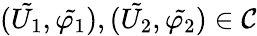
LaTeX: (\tilde{U_{1}},\tilde{\varphi_{1}}),(\tilde{U_{2}},\tilde{\varphi_{2}})\in\mathcal{C}